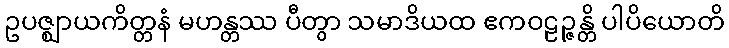
ဥပဇ္ဈာယကိတ္တနံ မဟန္တဿ ပီတွာ သမာဒိယထ ဧကဝဠဉ္ဇန္တိ ပါပိယောတိ